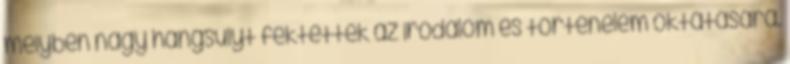
melyben nagy hangsúlyt fektettek az irodalom és történelem oktatására.